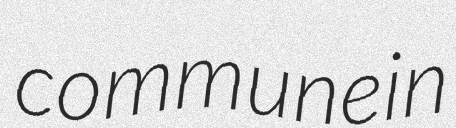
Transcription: commune in